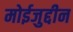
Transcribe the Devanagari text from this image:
मोईजुद्दीन